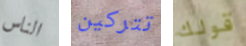
الناس تتركين قولك